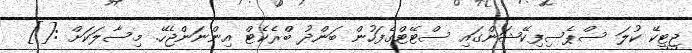
ޖީޓީކޭ ކުލަ ސްޕެސިފިކޭޝަންގައި ސްޓޭޓްގެފަހުން ބަންދު ބްރެކެޓް އިންނަންޖެހޭ. މިސާލަކަށް :[]